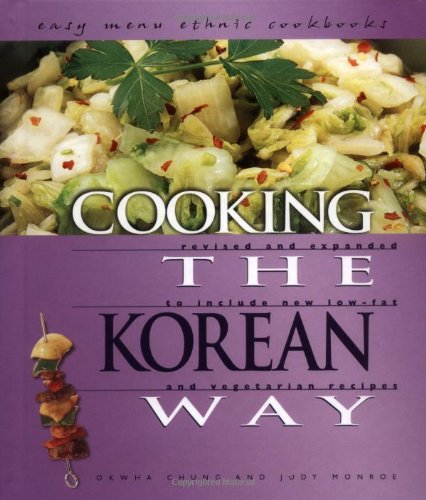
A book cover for Cooking the Korean Way (Easy Menu Ethnic Cookbooks); Okwha Chung; Teen & Young Adult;